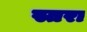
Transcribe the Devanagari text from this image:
स्तरा